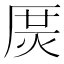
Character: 𤈲